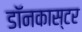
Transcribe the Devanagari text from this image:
डॉनकास्टर